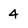
Character: 4